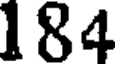
184